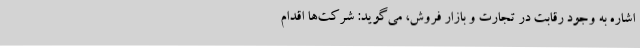
اشاره به وجود رقابت در تجارت و بازار فروش، می‌گوید: شرکت‌ها اقدام